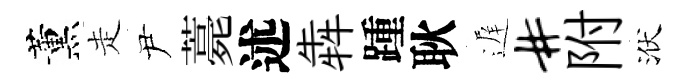
薰走尹薧述犇踵耿遅#附洑